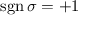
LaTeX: \operatorname { s g n } \sigma = + 1